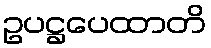
ဥပဋ္ဌပေထာတိ